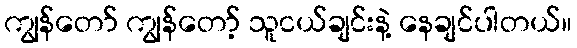
ကျွန်တော် ကျွန်တော့် သူငယ်ချင်းနဲ့ နေချင်ပါတယ်။